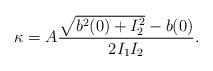
LaTeX: \begin{align*} \kappa=A\frac{\sqrt{b^2(0)+I_2^2}-b(0)}{2I_1I_2}. \end{align*}